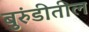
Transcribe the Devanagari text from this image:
बुरुंडीतील